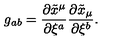
g _ { a b } = \frac { \partial \tilde { x } ^ { \mu } } { \partial \xi ^ { a } } \frac { \partial \tilde { x } _ { \mu } } { \partial \xi ^ { b } } .